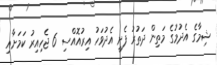
ޝިމާގެ އެދުމުގެ މަތިން ދަތުރު ފެށީ އެދުވަހު އިރުއޮއްސި 6 ޖެހިއިރު ކަމަށާއި